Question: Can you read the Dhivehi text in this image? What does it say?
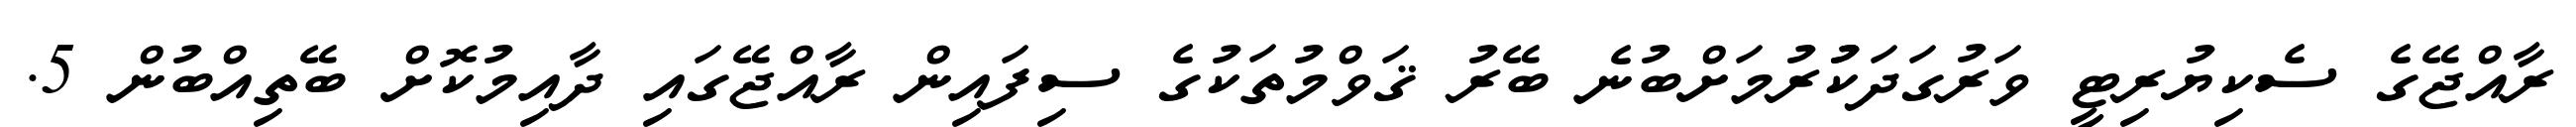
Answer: ރާއްޖޭގެ ސެކިޔުރިޓީ ވަރުގަދަކުުރުމަށްބުނެ ބޭރު ޤަވްމުތަކުގެ ސިފައިން ރާއްޖޭގައި ދާއިމުކޮށް ބޭތިއްބުން 5.